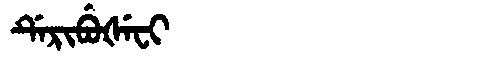
Manchu: ᡩᡝᡵᡳᠪᡠᡧᡝᠸᡳ
Romanization: DERIBUŠEFI